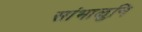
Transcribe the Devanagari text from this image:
सांभाळुनि